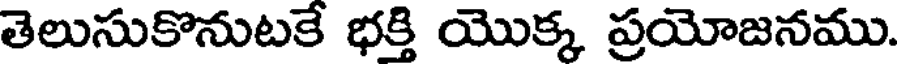
తెలుసుకొనుటకే భక్తి యొక్క ప్రయోజనము.